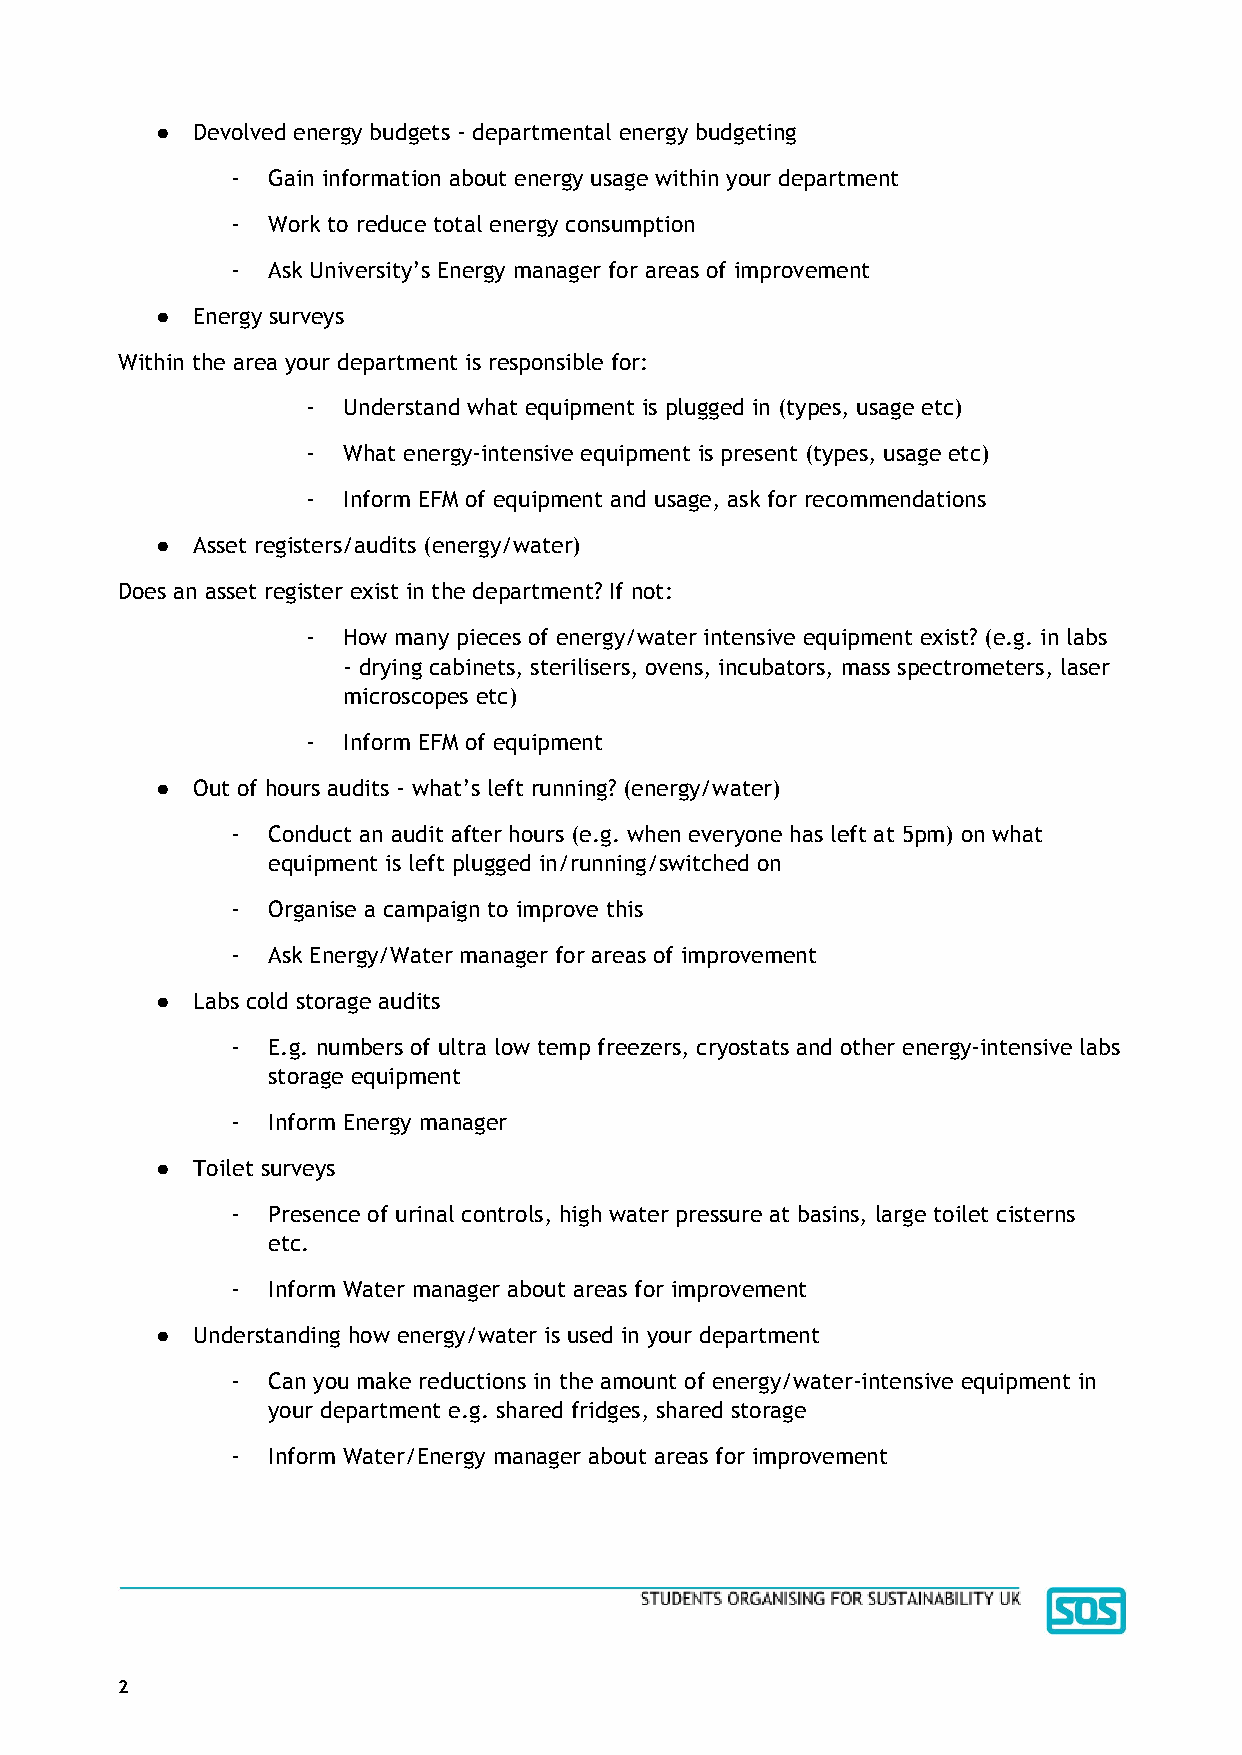
●  Devolved energy budgets - departmental energy budgeting
 -  Gain information about energy usage within your department
 -  Work to reduce total energy consumption
 -  Ask University’s Energy manager for areas of improvement
 ●  Energy surveys
 Within the area your department is responsible for:
 -  Understand what equipment is plugged in (types, usage etc)
 -  What energy-intensive equipment is present (types, usage etc)
 -  Inform EFM of equipment and usage, ask for recommendations
 ●  Asset registers/audits (energy/water)
 Does an asset register exist in the department? If not:
 -  How many pieces of energy/water intensive equipment exist? (e.g. in labs
 - drying cabinets, sterilisers, ovens, incubators, mass spectrometers, laser
 microscopes etc)
 -  Inform EFM of equipment
 ●  Out of hours audits - what’s left running? (energy/water)
 -  Conduct an audit after hours (e.g. when everyone has left at 5pm) on what
 equipment is left plugged in/running/switched on
 -  Organise a campaign to improve this
 -  Ask Energy/Water manager for areas of improvement
 ●  Labs cold storage audits
 -  E.g. numbers of ultra low temp freezers, cryostats and other energy-intensive labs
 storage equipment
 -  Inform Energy manager
 ●  Toilet surveys
 -  Presence of urinal controls, high water pressure at basins, large toilet cisterns
 etc.
 -  Inform Water manager about areas for improvement
 ●  Understanding how energy/water is used in your department
 -  Can you make reductions in the amount of energy/water-intensive equipment in
 your department e.g. shared fridges, shared storage
 -  Inform Water/Energy manager about areas for improvement
 2